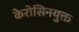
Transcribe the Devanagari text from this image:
केरोसिनयुक्त